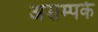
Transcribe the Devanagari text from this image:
असम्पर्क